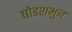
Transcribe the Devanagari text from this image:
षोडशभुज